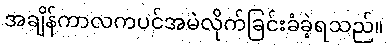
အချိန်ကာလကပင်အမဲလိုက်ခြင်းခံခဲ့ရသည်။